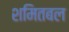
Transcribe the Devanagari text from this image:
शमितबल